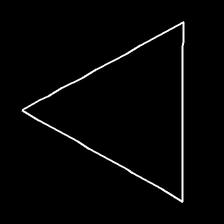
Glyph: convergence